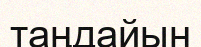
таңдайын